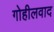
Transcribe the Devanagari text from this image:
गोहीलवाद